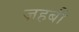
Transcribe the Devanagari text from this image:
ज़हबी